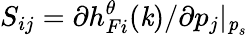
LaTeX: S_{ij}=\partial h_{Fi}^{\theta}(\textbf{\textit{k}})/\partial p_{j}\vert_{\textbf{\textit{p}}_{s}}